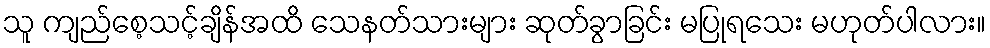
သူ ကျည်စေ့သင့်ချိန်အထိ သေနတ်သားများ ဆုတ်ခွာခြင်း မပြုရသေး မဟုတ်ပါလား။